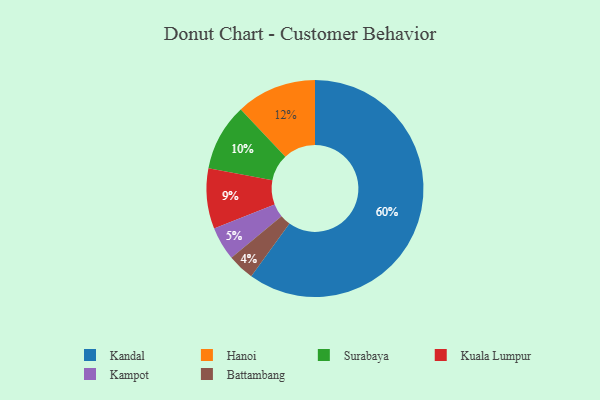
{"axis": {"x": "Category", "y": "Percentage"}, "legend": ["Battambang", "Hanoi", "Kampot", "Kandal", "Kuala Lumpur", "Surabaya"], "data": [{"x": "Battambang", "y": 4, "type": "Battambang"}, {"x": "Kuala Lumpur", "y": 9, "type": "Kuala Lumpur"}, {"x": "Kandal", "y": 60, "type": "Kandal"}, {"x": "Kampot", "y": 5, "type": "Kampot"}, {"x": "Surabaya", "y": 10, "type": "Surabaya"}, {"x": "Hanoi", "y": 12, "type": "Hanoi"}]}